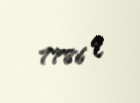
7786 q